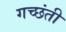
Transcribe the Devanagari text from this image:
गच्छंती